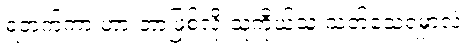
ရဘက်ကာ ဟာ ဘာဖြစ်လို့ သူ့ကိုယ်သူ သတ်သေရမှာလဲ။